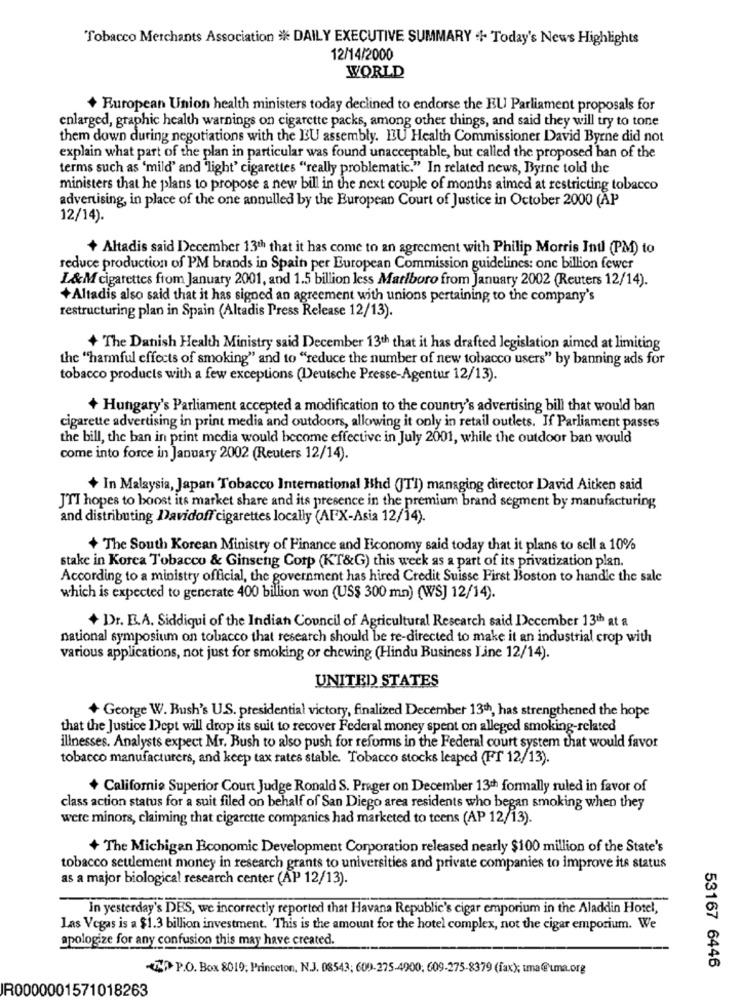
Tobacco Merchants Association # DAILY EXECUTIVE SUMMARY > Today's News Highlights
12/14/2000
WORLD
+ European Union health ministers today declined to endorse the EU Parliament proposals for
enlarged, graphic health warnings on cigarette packs, among other things, and said they will try to tone
them down during negotiations with the EU assembly. IU Health Commissioner David Byrne did not
explain what part of the plan in particular was found unacceptable, but called the proposed ban of the
terms such as 'mild' and 'light' cigarettes "really problematic." In related news, Byrne told the
ministers that he plans to propose a new bill in the next couple of months aimed at restricting tobacco
advertising, in place of the one annulled by the European Court of Justice in October 2000 (AP
12/14).
+ Altadis said December 13th that it has come to an agreement with Philip Morris Intl (PM) to
reduce production of PM brands in Spain per European Commission guidelines: one billion fewer
L&M cigarettes from January 2001, and 1.5 billion less Marlboro from January 2002 (Reuters 12/14).
+Altadis also said that it has signed an agreement with unions pertaining to the company's
restructuring plan in Spain (Altadis Press Release 12/13).
+ The Danish Health Ministry said December 13th that it has drafted legislation aimed at limiting
the "harmful effects of smoking" and to "reduce the number of new tobacco users" by banning ads for
tobacco products with a few exceptions (Deutsche Presse-Agentur 12/13).
+ Hungary's Parliament accepted a modification to the country's advertising bill that would ban
cigarette advertising in print media and outdoors, allowing it only in retail outlets. If Parliament passes
the bill, the ban in print media would become effective in July 2001, while the outdoor ban would
come into force in January 2002 (Reuters 12/14).
+ In Malaysia, Japan Tobacco International Bhd (JTl) managing director David Aitken said
J'TI hopes to boost its market share and its presence in the premium brand segment by manufacturing
and distributing Davidoff cigarettes locally (AFX-Asia 12/14).
+ The South Korean Ministry of Finance and Economy said today that it plans to sell a 10%
stake in Korea Tobacco & Ginseng Corp (KT&G) this week as a part of its privatization plan.
According to a ministry official, the government has hired Credit Suisse First Boston to handle the sale
which is expected to generate 400 billion won (US$ 300 mn) (WSJ 12/14).
+ Dr. E.A. Siddiqui of the Indian Council of Agricultural Research said December 13th at a
national symposium on tobacco that research should be re-directed to make it an industrial crop with
various applications, not just for smoking or chewing (Hindu Business Line 12/14).
UNITED STATES
+ George W. Bush's U.S. presidential victory, finalized December 13th, has strengthened the hope
that the Justice Dept will drop its suit to recover Federal money spent on alleged smoking-related
illnesses. Analysts expect Mr. Bush to also push for reforms in the Federal court system that would favor
tobacco manufacturers, and keep tax rates stable. Tobacco stocks leaped (FT 12/13).
+ California Superior Court Judge Ronald S. Preger on December 13th formally ruled in favor of
class action status for a suit filed on behalf of San Diego area residents who began smoking when they
were minors, claiming that cigarette companies had marketed to teens (AP 12/13).
+ The Michigan Economic Development Corporation released nearly $100 million of the State's
tobacco settlement money in research grants to universities and private companies to improve its status
as a major biological research center (AP 12/13).
In yesterday's DES, we incorrectly reported that Havana Republic's cigar emporium in the Aladdin Hotel,
Las Vegas is a $1.3 billion investment. This is the amount for the hotel complex, not the cigar emporium. We
apologize for any confusion this may have created.
-> P.O. Box 8019; Princeton, N.J. 08543; 609-275-4900; 609-275-8379 (fax); tma@uma.org
53167 6446
R0000001571018263